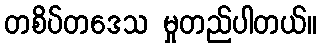
တစိပ်တဒေသ မှုတည်ပါတယ်။